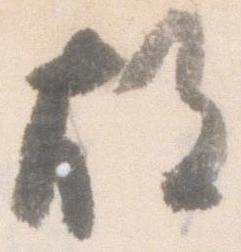
故